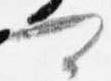
可